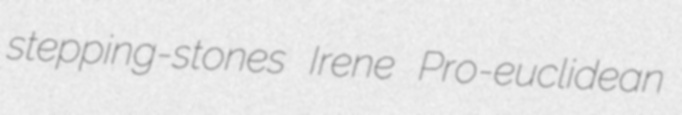
stepping-stones Irene Pro-euclidean